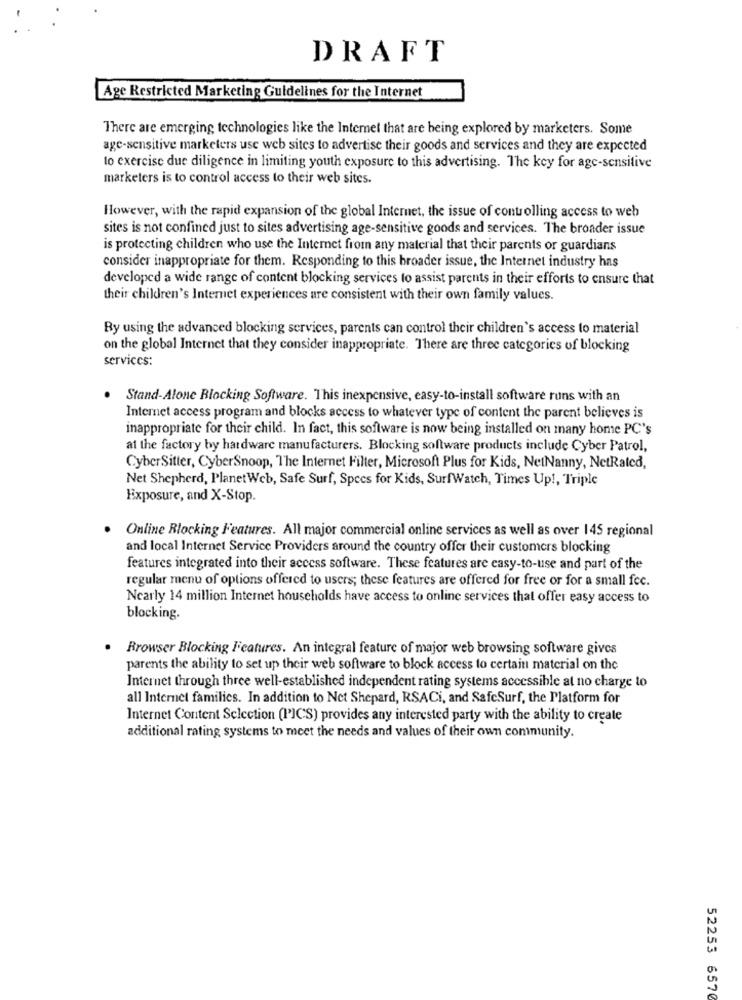
DRAFT
Age Restricted Marketing Guidelines for the Internet
There are emerging technologies like the Internet that are being explored by marketers. Some
age-sensitive marketers use web sites to advertise their goods and services and they are expected
to exercise due diligence in limiting youth exposure to this advertising. The key for age-sensitive
marketers is to control access to their web sites.
However, with the rapid expansion of the global Internet, the issue of controlling access to web
sites is not confined just to sites advertising age-sensitive goods and services. The broader issue
is protecting children who use the Internet from any material that their parents or guardians
consider inappropriate for them. Responding to this broader issue, the Internet industry has
developed a wide range of content blocking services to assist parents in their efforts to ensure that
their children's Internet experiences are consistent with their own family values.
By using the advanced blocking services, parents can control their children's access to material
on the global Internet that they consider inappropriate. There are three categories of blocking
services:
Stand-Alone Blocking Software. This inexpensive, easy-to-install software runs with an
Internet access program and blocks access to whatever type of content the parent believes is
inappropriate for their child. In fact, this software is now being installed on many home PC's
at the factory by hardware manufacturers. Blocking software products include Cyber Patrol,
CyberSitter, CyberSnoop, The Internet Filter, Microsoft Plus for Kids, NetNanny, NetRated,
Net Shepherd, PlanetWeb, Safe Surf, Specs for Kids, SurfWatch, Times Up !, Triple
Exposure, and X-Stop.
Online Blocking Features. All major commercial online services as well as over 145 regional
and local Internet Service Providers around the country offer their customers blocking
features integrated into their access software. These features are easy-to-use and part of the
regular menu of options offered to users; these features are offered for free or for a small fec.
Nearly 14 million Internet households have access to online services that offer easy access to
blocking.
Browser Blocking Features. An integral feature of major web browsing software gives
parents the ability to set up their web software to block access to certain material on the
Internet through three well-established independent rating systems accessible at no charge to
all Internet families. In addition to Net Shepard, RSACi, and SafeSurf, the Platform for
Internet Content Selection (PIC'S) provides any interested party with the ability to create
additional rating systems to meet the needs and values of their own community.
52253 6570